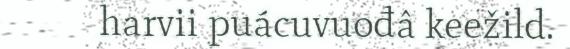
harvii puácuvuođâ keežild.